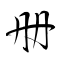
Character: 册